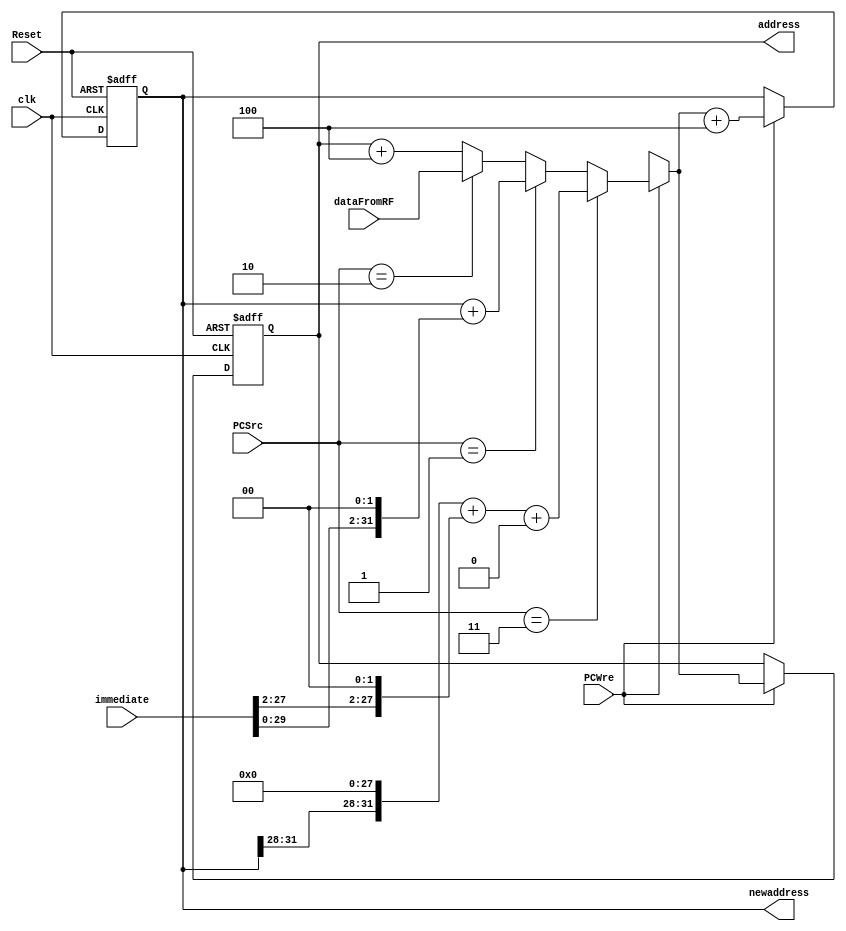
`timescale 1ns / 1ps

module PC(
    input clk, Reset, PCWre,
    input [1:0] PCSrc,  
    input [31:0] immediate,
    input [31:0] dataFromRF,
    output reg [31:0] newaddress,  
    output reg [31:0] address
    );  
    initial begin
        address = 0;
        newaddress = 4;
    end
    
    always @(posedge clk or negedge Reset)  //
    begin  
        if (Reset == 0) begin  
            address <= 0;  
            newaddress <= 4;
        end  
        else if (PCWre) begin
            if (PCSrc == 2'b11) begin  //j,jal
                address <= (newaddress[31:28]<<28)+(immediate[27:2]<<2)+2'b00; 
            end
            else if (PCSrc == 2'b01) begin  //beq or bne
                address <= newaddress + (immediate<<2);
            end
            else if (PCSrc == 2'b10) //jr
                address <= dataFromRF;
            else address = address + 4;
            newaddress <= address + 4;
        end  
    end  
endmodule